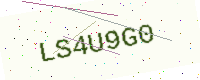
Text: LS4U9G0